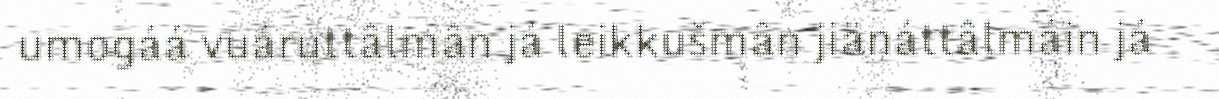
umogáá vuáruttâlmân já leikkušmân jiänáttâlmáin já